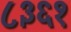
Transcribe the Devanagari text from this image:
८३६१